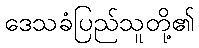
ဒေသခံပြည်သူတို့၏